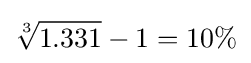
{\sqrt[{3}]{1.331}}-1=10\%